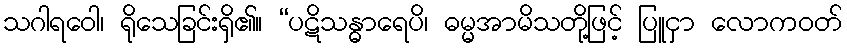
သဂါရဝေါ၊ ရိုသေခြင်းရှိ၏။ “ပဋိသန္ဓာရေပိ၊ ဓမ္မအာမိသတို့ဖြင့် ပြူငှာ လောကဝတ်